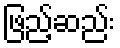
ဖြည့်ဆည်း